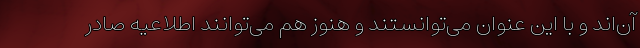
آن‌اند و با این عنوان می‌توانستند و هنوز هم می‌توانند اطلاعیه صادر